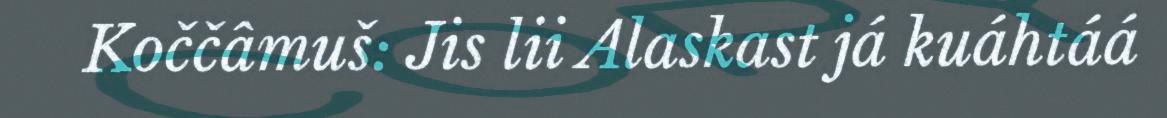
Koččâmuš: Jis lii Alaskast já kuáhtáá